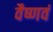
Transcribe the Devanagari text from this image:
वैष्णवं